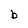
Character: b